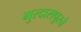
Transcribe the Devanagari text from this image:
गुरदासपूरचे